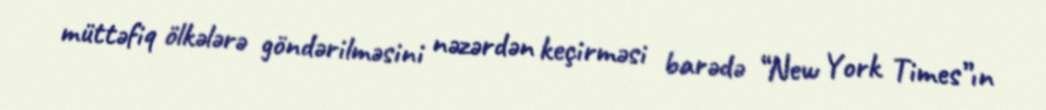
müttəfiq ölkələrə göndərilməsini nəzərdən keçirməsi barədə “New York Times”ın